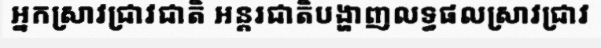
អ្នកស្រាវជ្រាវជាតិ អន្តរជាតិបង្ហាញលទ្ធផលស្រាវជ្រាវ